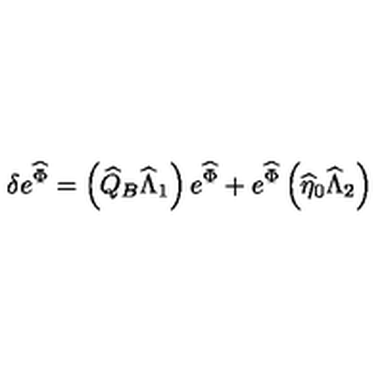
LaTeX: \delta e ^ { \widehat { \Phi } } = \left( \widehat { Q } _ { B } \widehat { \Lambda } _ { 1 } \right) e ^ { \widehat { \Phi } } + e ^ { \widehat { \Phi } } \left( \widehat { \eta } _ { 0 } \widehat { \Lambda } _ { 2 } \right)